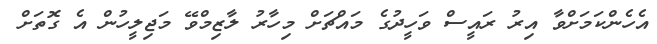
އެހެންކަމަށްވާ އިރު ރައީސް ވަހީދުގެ މައްޗަށް މިހާރު ލާޒިމްވޭ މަޖިލީހުން އެ ގޮތަށް